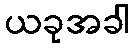
ယခုအခါ